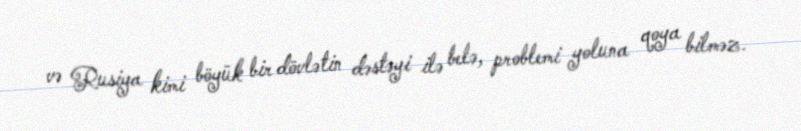
və Rusiya kimi böyük bir dövlətin dəstəyi ilə belə, problemi yoluna qoya bilməz.